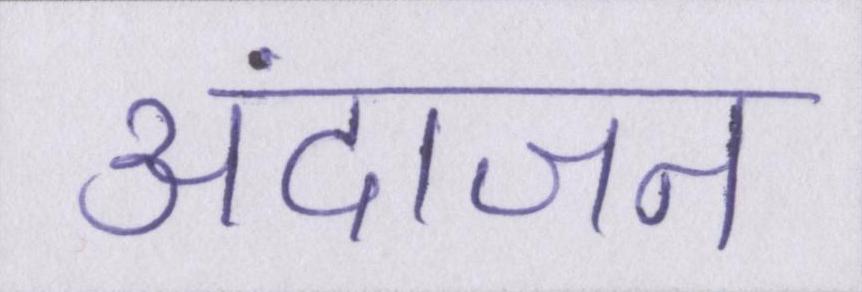
अंदाजन